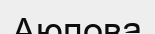
Аюпова